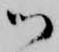
御